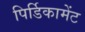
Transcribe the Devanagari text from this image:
पिर्डिकामेंट